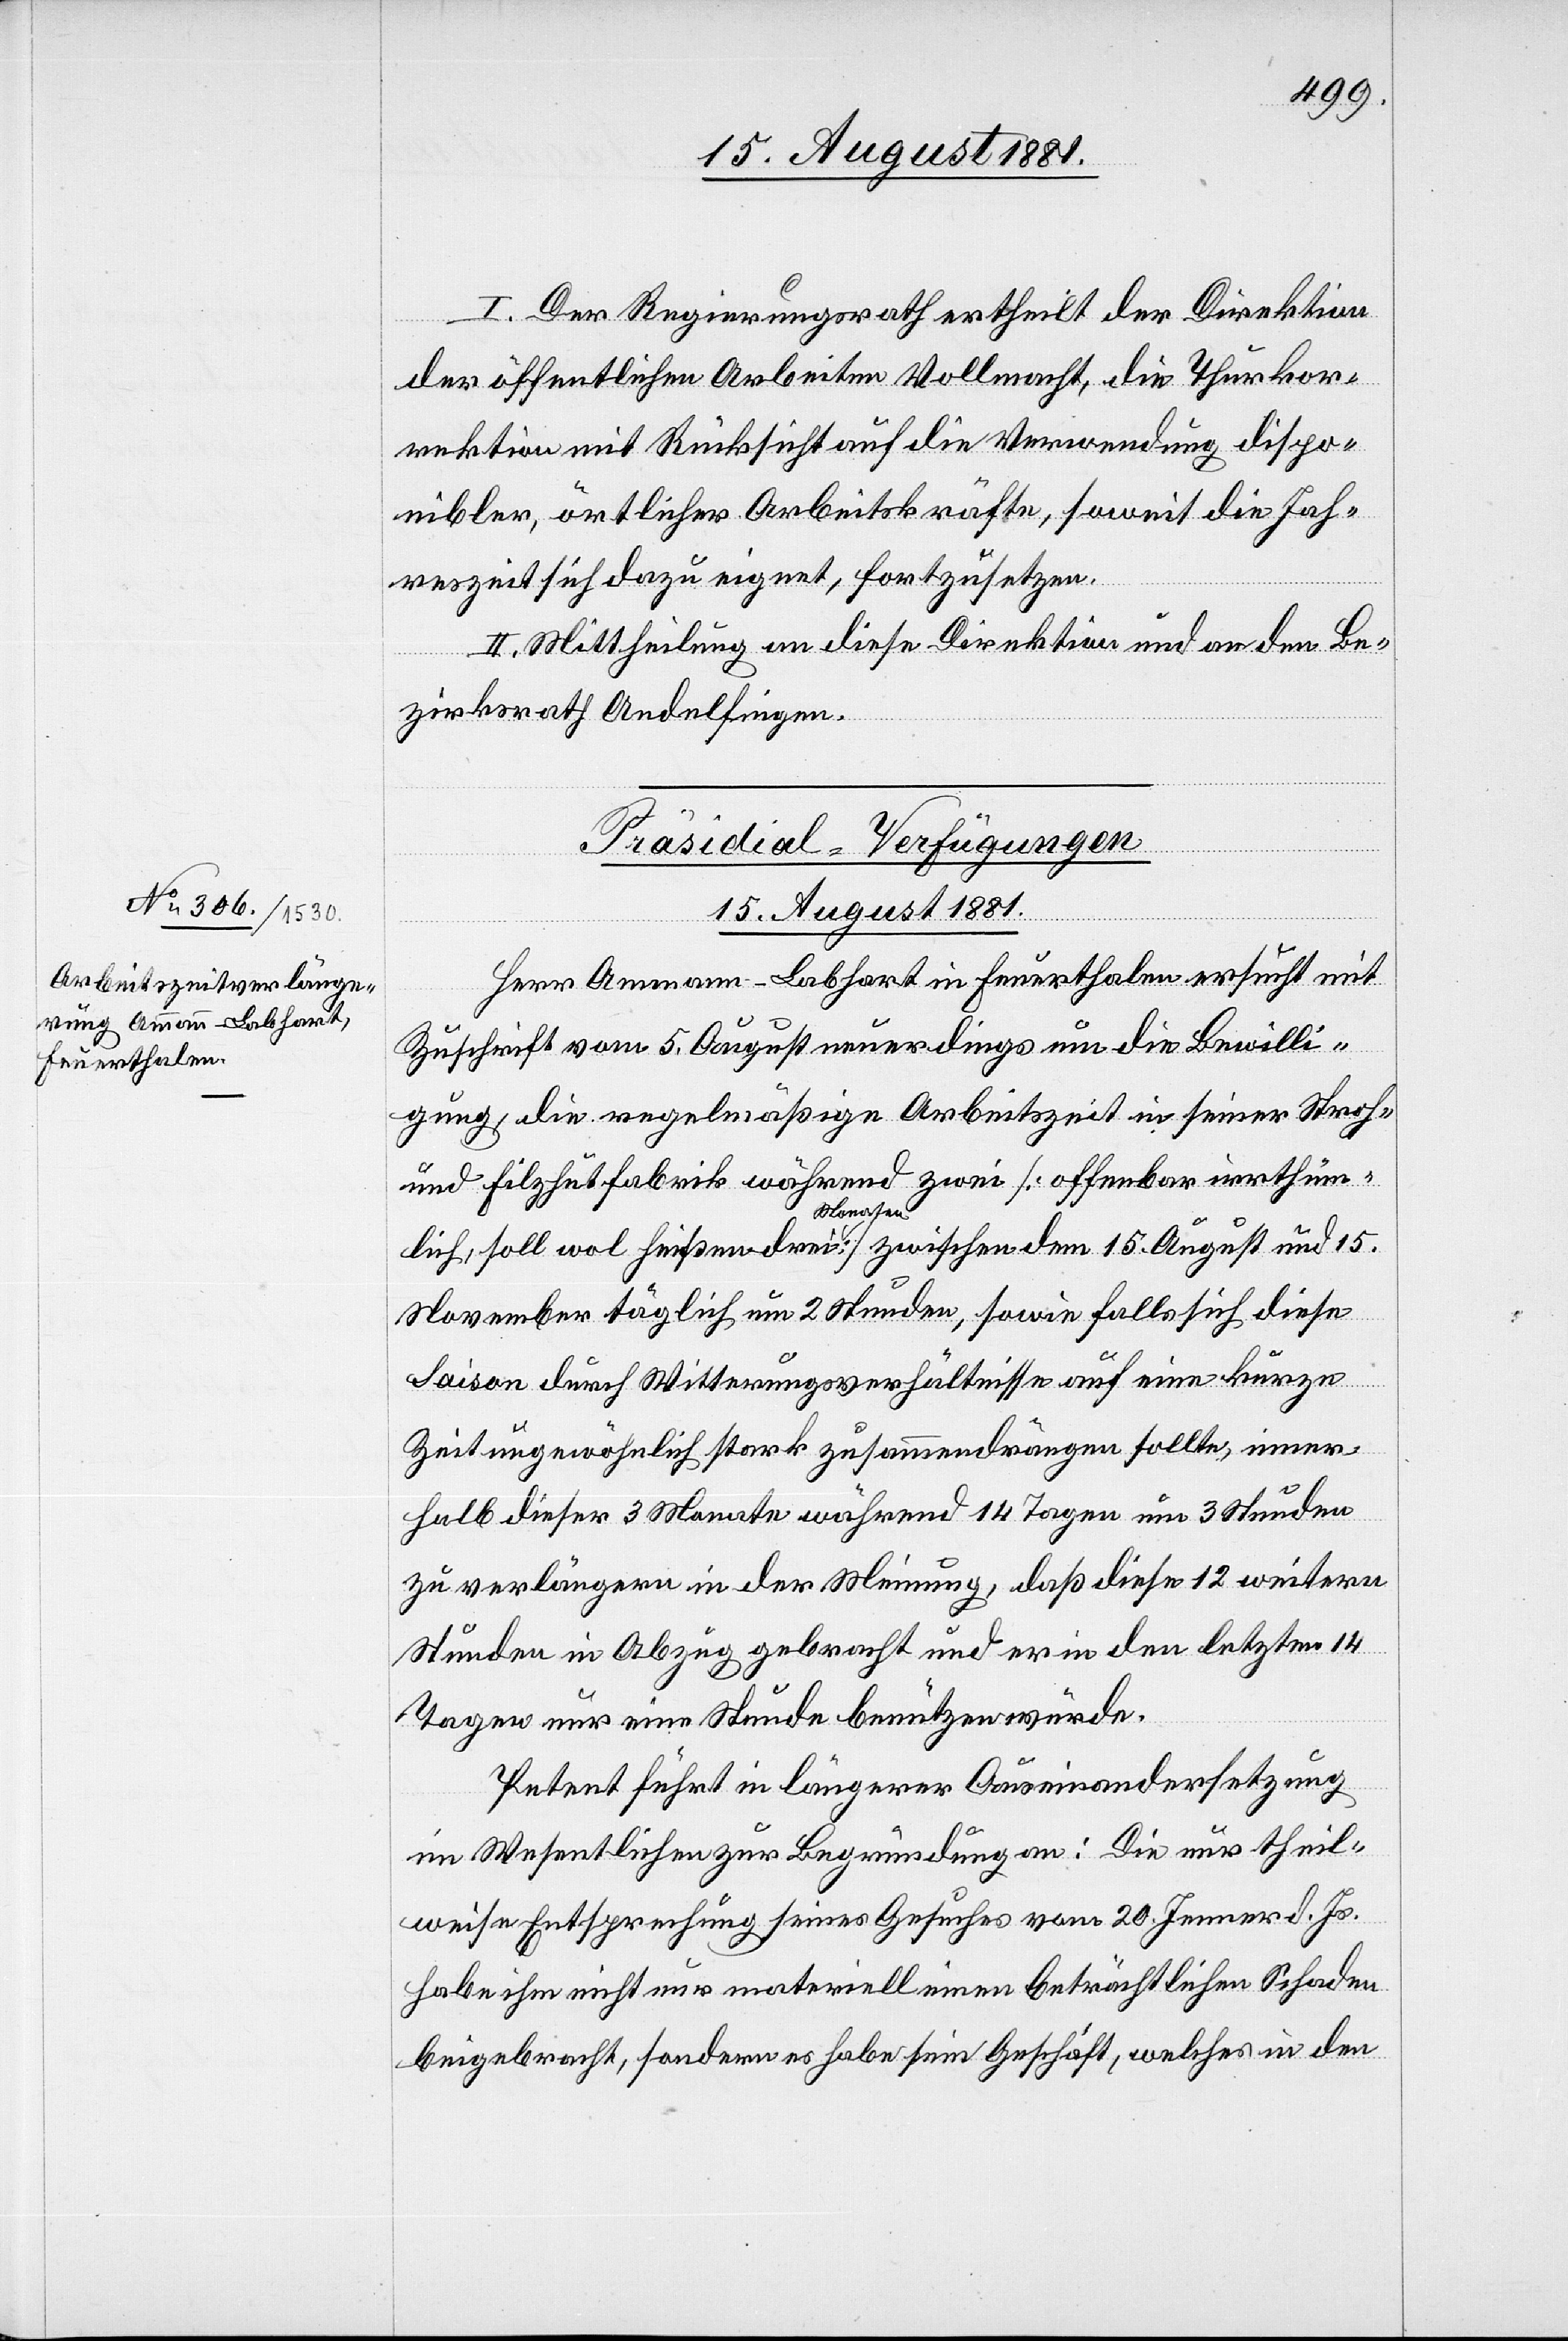
15. August 1881.
I. Der Regierungsrath ertheilt der Direktion
der öffentlichen Arbeiten Vollmacht, die Thurkor¬
rektion mit Rücksicht auf die Verwendung dispo¬
nibler, örtlicher Arbeitskräfte, soweit die Jah¬
reszeit sich dazu eignet, fortzusetzen.
II. Mittheilung an diese Direktion und an den Be¬
zirksrath Andelfingen.
Präsidial-Verfügungen
Herr Ammann-Labhart in Feuerthalen ersucht mit
Zuschrift vom 5. August neuerdings um die Bewilli¬
gung, die regelmäßige Arbeitszeit in seiner Stroh-
und Filzfabrik während zwei [offenbar irrthüm¬
lich, soll wol heißen drei Monaten] zwischen dem 15. August und 15.
November täglich um 2 Stunden, sowie falls sich diese
Saison durch Witterungsverhältnisse auf eine kurze
Zeit ungewöhnlich stark zusammendrängen sollte, inner¬
halb dieser 3 Monate während 14 Tagen um 3 Stunden
zu verlängern in der Meinung, daß diese 12 weitern
Stunden in Abzug gebracht und er in den letzten 14
Tagen nur eine Stunde benützen würde.
Petent führt in längerer Auseinandersetzung
im Wesentlichen zur Begründung an: Die nur theil¬
weise Entsprechung seines Gesuches vom 20. Jenner d. Js.
habe ihm nicht nur materiell einen beträchtlichen Schaden
beigebracht, sondern es habe sein Geschäft, welches in den